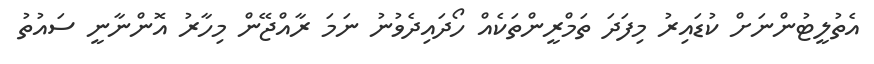
އެތުލީޓުންނަށް ކުޑައިރު މިފަދަ ތަމްރީންތަކެއް ހޯދައިދެވުނު ނަމަ ރާއްޖޭން މިހާރު އޮންނާނީ ސައުތު